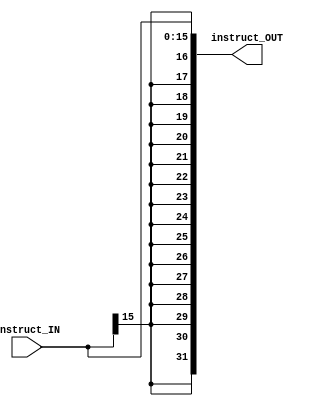
`timescale 1ns / 1ps


module Sign_Extend(input [15:0] instruct_IN, output [31:0] instruct_OUT);   
    
    assign instruct_OUT = {{16{instruct_IN[15]}}, instruct_IN[15:0]}; 

endmodule